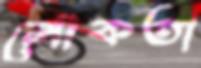
লৌকতা